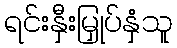
ရင်းနှီးမြှုပ်နှံသူ